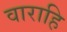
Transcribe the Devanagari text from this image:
वाराहि